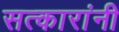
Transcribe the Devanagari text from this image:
सत्कारांनी